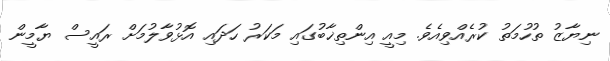
ނިޔާޒު ތުހުމަތު ކުރެއްވިއެވެ. މިއީ އިންތިޚާބުގައި މަކަރު ހަދައި އޮޅުވާލުމަށް ރައީސް ޔާމީން